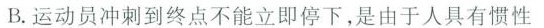
B. 运动员冲刺到终点不能立即停下，是由于人具有惯性